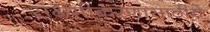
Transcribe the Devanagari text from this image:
सक्षमीकरणासाठीचे